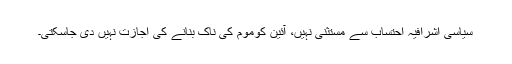
سیاسی اشرافیہ احتساب سے مستثنیٰ نہیں، آئین کوموم کی ناک بنانے کی اجازت نہیں دی جاسکتی۔